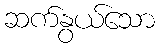
ဆက်နွယ်သော